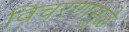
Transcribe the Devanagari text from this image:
विचरणामुळे